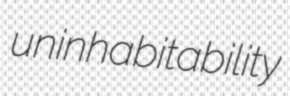
uninhabitability